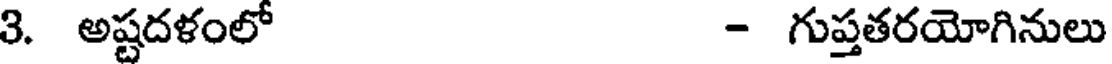
3. అష్టదళంలో - గుప్తతరయోగినులు